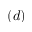
( d )